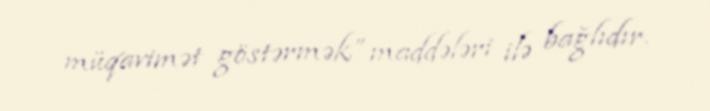
müqavimət göstərmək” maddələri ilə bağlıdır.